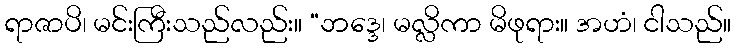
ရာဇာပိ၊ မင်းကြီးသည်လည်း။ “ဘဒ္ဒေ၊ မလ္လိကာ မိဖုရား။ အဟံ၊ ငါသည်။